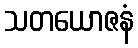
သတယောဇနံ